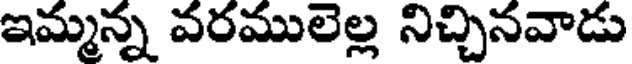
ఇమ్మన్న వరములెల్ల నిచ్చినవాడు